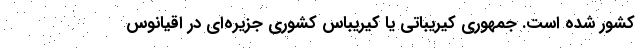
کشور شده است. جمهوری کیریباتی یا کیریباس کشوری جزیره‌ای در اقیانوس